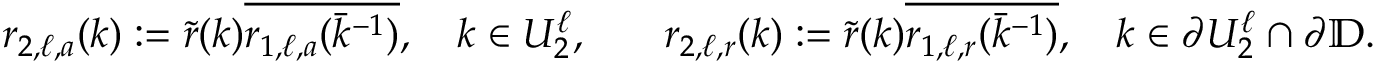
\begin{array} { r l r l } & { r _ { 2 , \ell , a } ( k ) : = \tilde { r } ( k ) \overline { { r _ { 1 , \ell , a } ( \bar { k } ^ { - 1 } ) } } , \quad k \in U _ { 2 } ^ { \ell } , } & & { r _ { 2 , \ell , r } ( k ) : = \tilde { r } ( k ) \overline { { r _ { 1 , \ell , r } ( \bar { k } ^ { - 1 } ) } } , \quad k \in \partial U _ { 2 } ^ { \ell } \cap \partial \mathbb { D } . } \end{array}